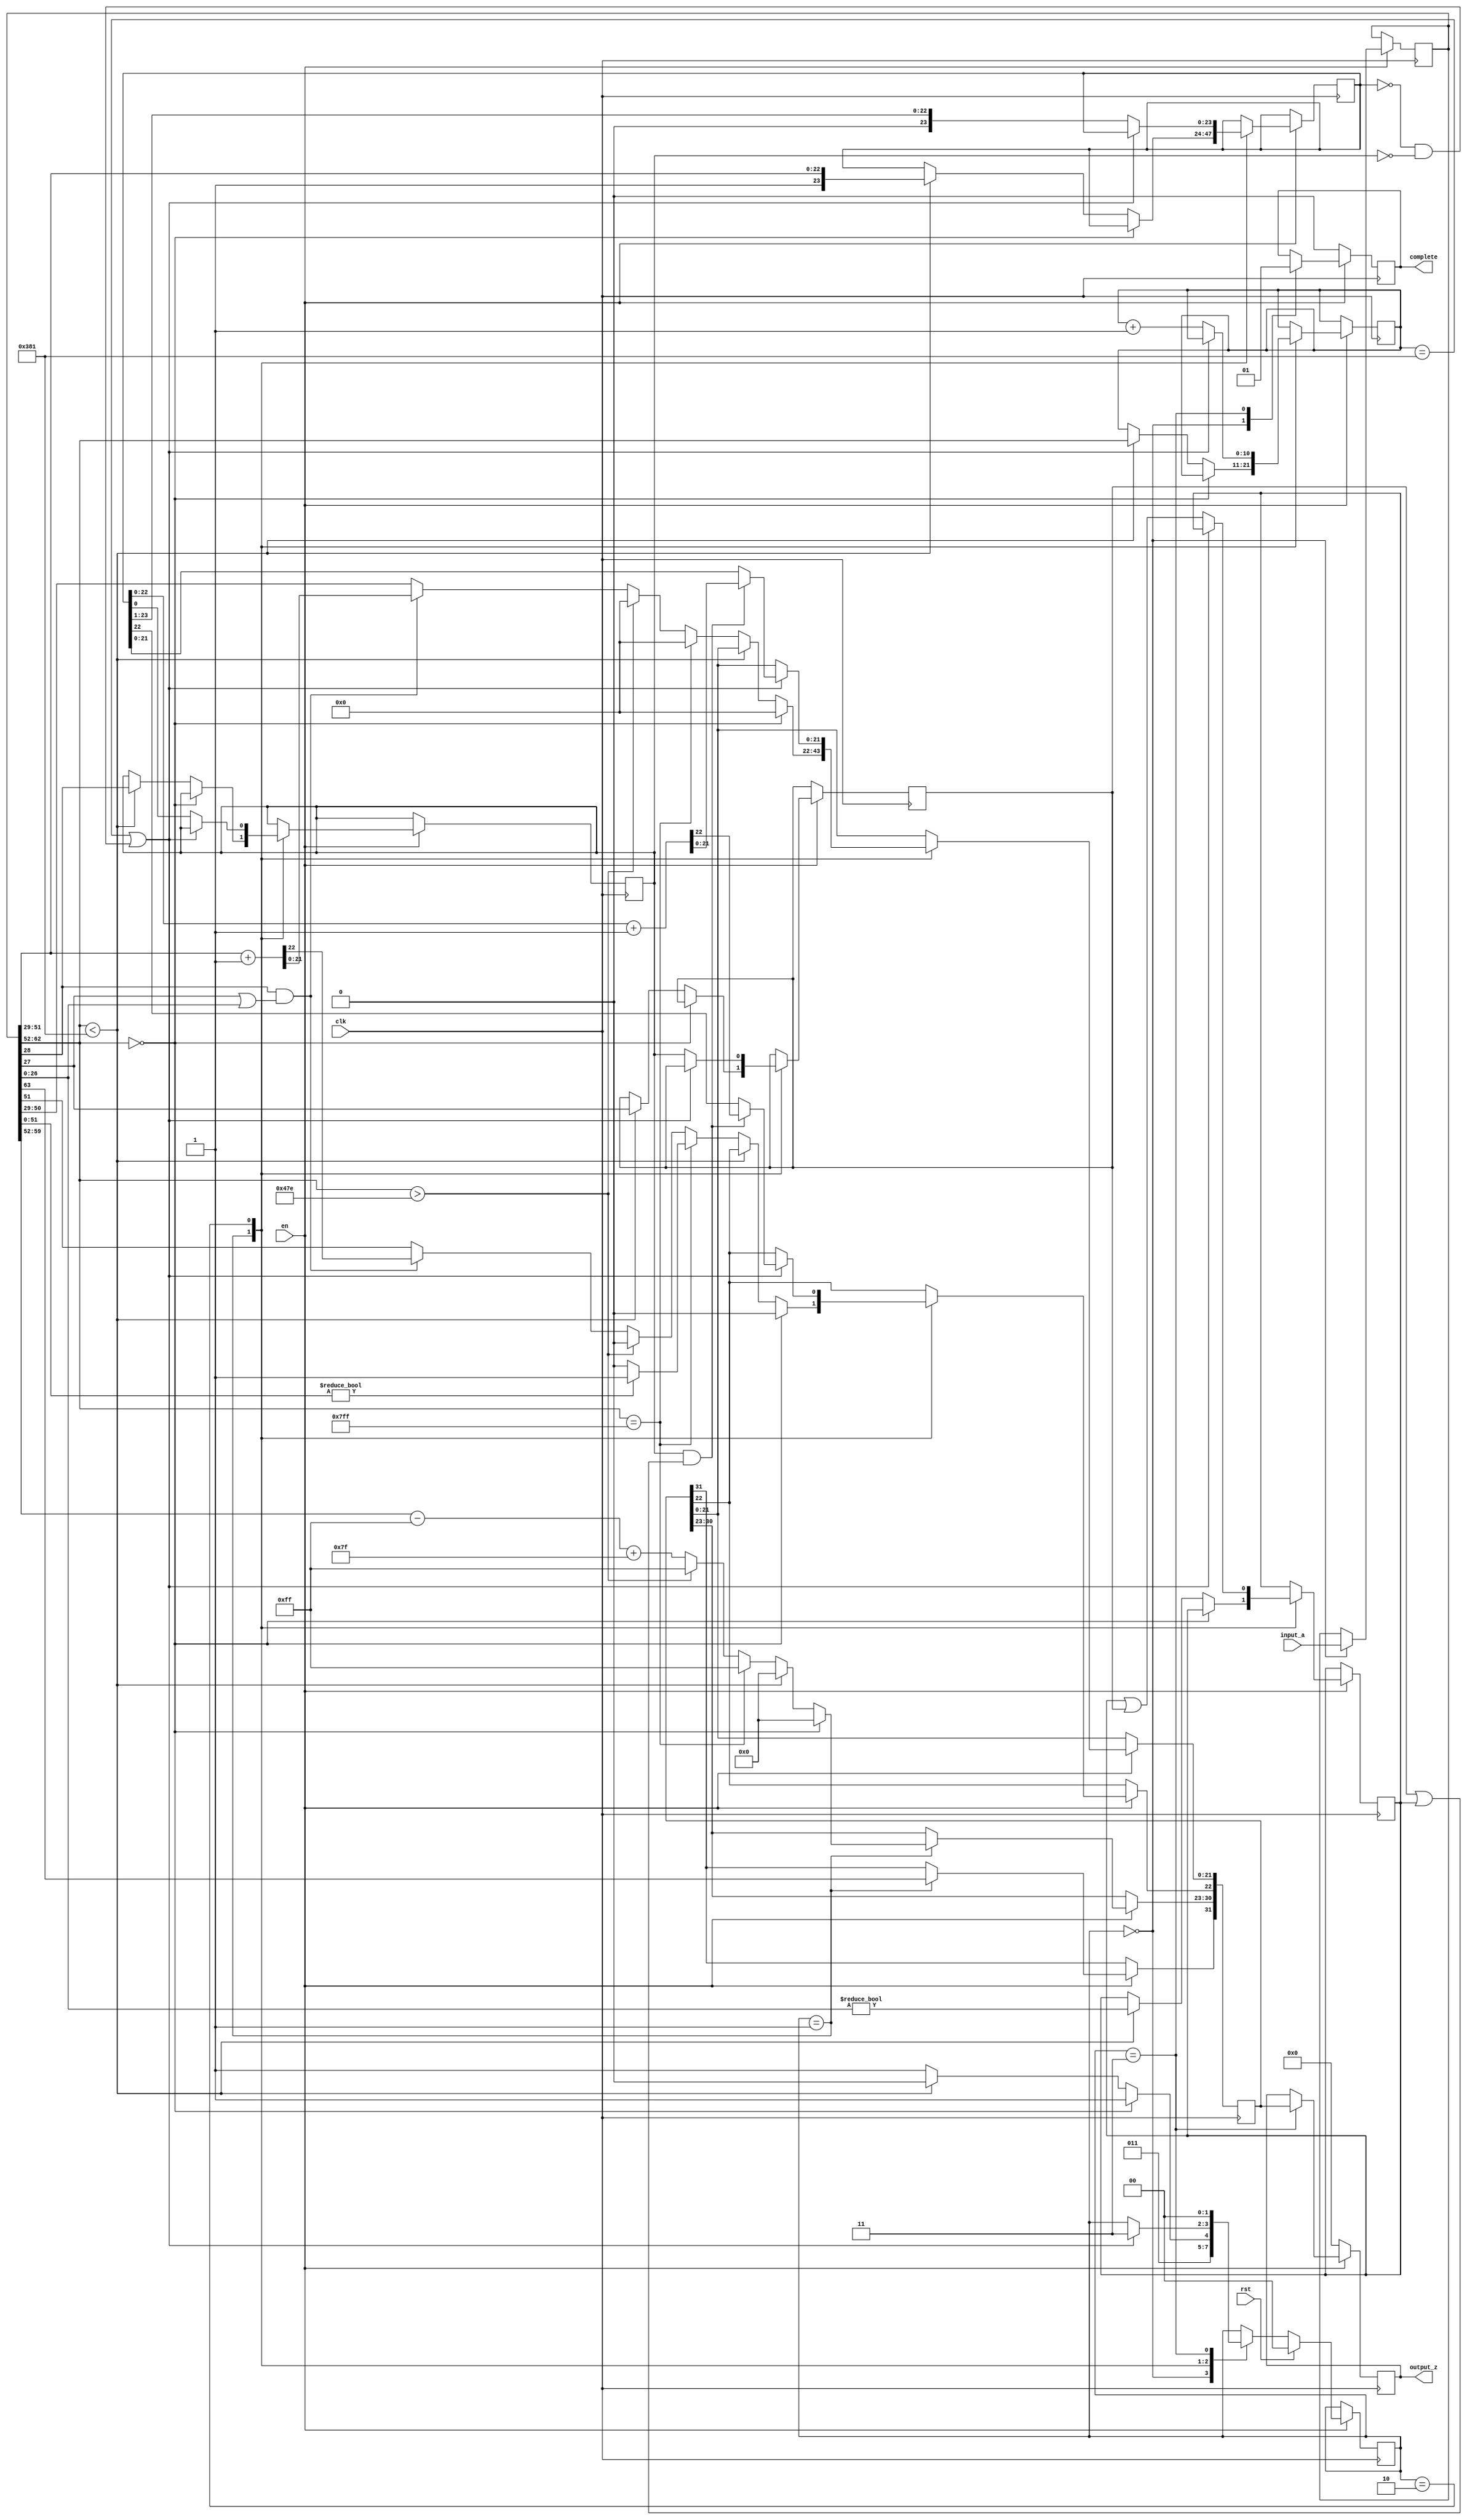
`timescale 1ns / 1ps
//////////////////////////////////////////////////////////////////////////////////
// Company: 
// Engineer: 
// 
// Design Name: 
// Module Name: doubletofloat
// Project Name: 
// Target Devices: 
// Tool Versions: 
// Description: 
// 
// Dependencies: 
// 
// Revision:
// Revision 0.01 - File Created
// Additional Comments:
// 
//////////////////////////////////////////////////////////////////////////////////


module doubletofloat(
        input_a,
        clk,
        rst,
        en,
		complete,
        output_z);   

	input     clk;
	input     rst;
	input      en;

	input     [63:0] input_a;
	output    [31:0] output_z;
	output complete;
	reg       [31:0] s_output_z;
	reg	 s_complete;
	
	reg [63:0] a;
	reg [31:0] z;
	reg [10:0] z_e;
	reg [23:0] z_m;
	reg guard;
	reg round;
	reg sticky;
	reg       [1:0] state;
	parameter get_a         = 3'd0,
			unpack        = 3'd1,
			denormalise   = 3'd2,
			put_z         = 3'd3;



  always @(posedge clk)
  begin
if(!en)
          begin
              s_output_z <= 0;
			  s_complete <= 0;
          end
       else
      begin
    case(state)

		get_a:
		begin
			a <= input_a;
			s_complete <= 0;
			state <= unpack;
		end

      unpack:
      begin
        z[31] <= a[63];
        state <= put_z;
		//if a_e= 0, return 0
        if (a[62:52] == 0) 
		begin
            z[30:23] <= 0;
            z[22:0] <= 0;
        end 
		//if a_e<1023-127-1,return denormalise
		else if (a[62:52] < 897) 
		begin
            z[30:23] <= 0;
            z_m <= {1'd1, a[51:29]};
            z_e <= a[62:52];
            guard <= a[28];
            round <= a[27];
            sticky <= a[26:0] != 0;
            state <= denormalise;
		end 
		//if a is inf or NaN return inf or NaN
		else if (a[62:52] == 2047) 
		begin
            z[30:23] <= 255;
            z[22:0] <= 0;			//return NaN
            if (a[51:0]) 
			begin
                z[22] <= 1;			//return inf
            end
        end
		//if a_e>1023+127,return inf
		else if (a[62:52] > 1150) 
		begin
            z[30:23] <= 255;
            z[22:0] <= 0;
        end 
		//a_e =normal
		else 
		begin
            z[30:23] <= (a[62:52] - 1023) + 127;
            if (a[28] && (a[27] || a[26:0])) begin
                z[22:0] <= a[51:29] + 1;
            end else begin
                z[22:0] <= a[51:29];
            end
        end
      end

      denormalise:
      begin
        if (z_e == 897 || (z_m == 0 && guard == 0))
		begin
            state <= put_z;
            z[22:0] <= z_m;
            if (guard && (round || sticky)) begin
                z[22:0] <= z_m + 1;
            end
        end 
		else 
		begin
            z_e <= z_e + 1;
            z_m <= {1'd0, z_m[23:1]};
            guard <= z_m[0];
            round <= guard;
            sticky <= sticky | round;
        end
      end

      put_z:
      begin
        s_output_z <= z;
		s_complete <= 1;
        state <= get_a;
      end

    endcase

    if (rst == 1) begin
      state <= get_a;
    end

  end
 end
  assign output_z = s_output_z;
  assign complete = s_complete;

endmodule